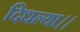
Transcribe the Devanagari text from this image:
दिधल्या।।